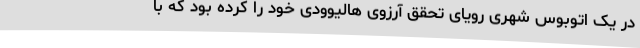
در یک اتوبوس شهری رویای تحقق آرزوی هالیوودی خود را کرده بود که با